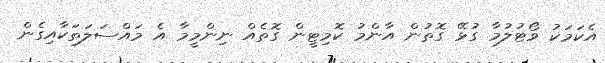
އެކަމަކު ވޯޓުލުމާ ގުޅޭ ގޮތުން އާންމު ކޮމިޓީން ގޮތެއް ނިންމީމާ އެ މައްސަލަތަކާއިގެން